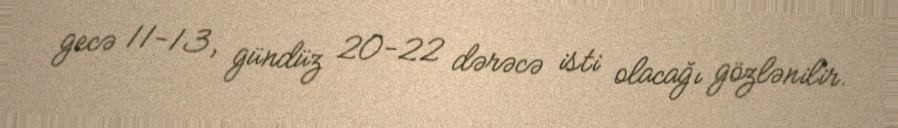
gecə 11-13, gündüz 20-22 dərəcə isti olacağı gözlənilir.